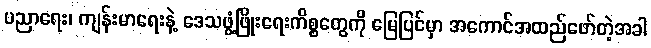
ပညာရေး၊ ကျန်းမာရေးနဲ့ ဒေသဖွံ့ဖြိုးရေးကိစ္စတွေကို မြေပြင်မှာ အကောင်အထည်ဖော်တဲ့အခါ